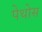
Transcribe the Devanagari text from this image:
पेथोस